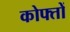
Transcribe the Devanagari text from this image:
कोफ्तों